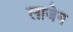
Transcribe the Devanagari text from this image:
लाजेन